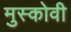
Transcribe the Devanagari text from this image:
मुस्कोवी